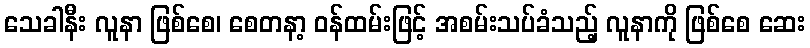
သေခါနီး လူနာ ဖြစ်စေ၊ စေတနာ့ ဝန်ထမ်းဖြင့် အစမ်းသပ်ခံသည့် လူနာကို ဖြစ်စေ ဆေး